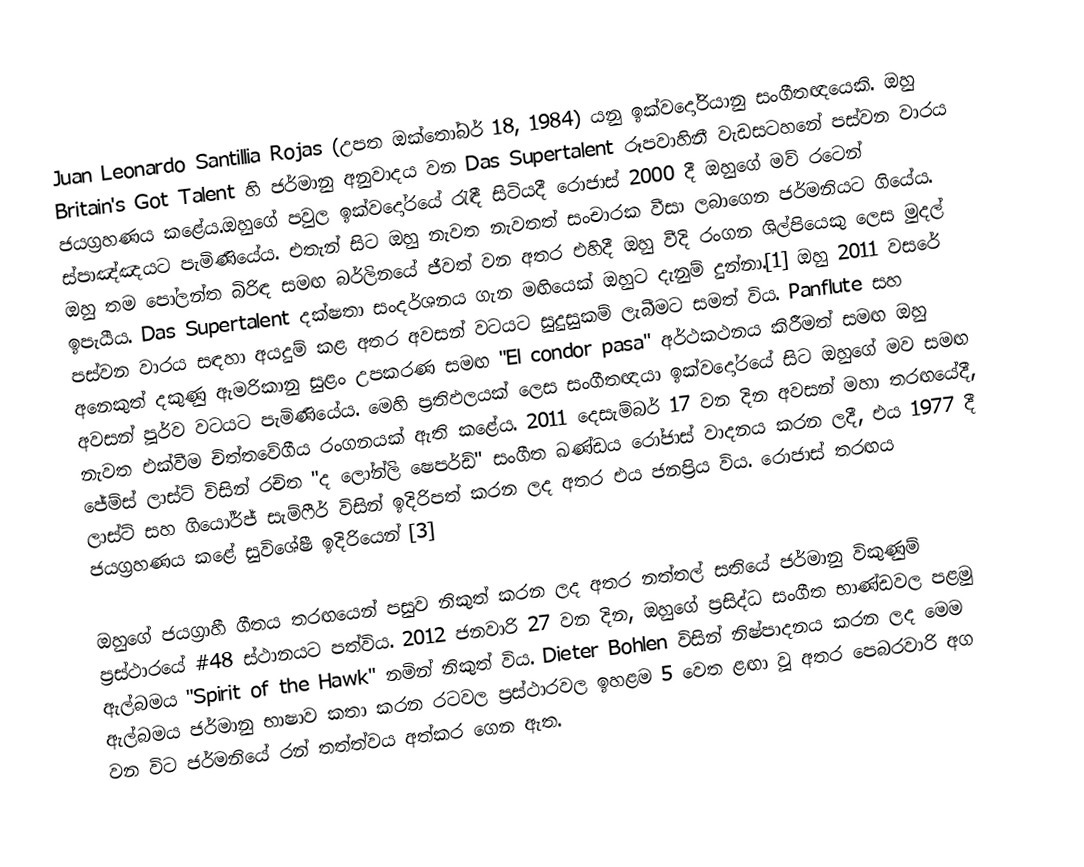
Juan Leonardo Santillia Rojas (උපත ඔක්තෝබර් 18, 1984) යනු ඉක්වදෝරියානු සංගීතඥයෙකි. ඔහු Britain's Got Talent හි ජර්මානු අනුවාදය වන Das Supertalent රූපවාහිනී වැඩසටහනේ පස්වන වාරය ජයග්‍රහණය කළේය.ඔහුගේ පවුල ඉක්වදෝරයේ රැඳී සිටියදී රොජාස් 2000 දී ඔහුගේ මව් රටෙන් ස්පාඤ්ඤයට පැමිණියේය. එතැන් සිට ඔහු නැවත නැවතත් සංචාරක වීසා ලබාගෙන ජර්මනියට ගියේය. ඔහු තම පෝලන්ත බිරිඳ සමඟ බර්ලිනයේ ජීවත් වන අතර එහිදී ඔහු වීදි රංගන ශිල්පියෙකු ලෙස මුදල් ඉපැයීය. Das Supertalent දක්ෂතා සංදර්ශනය ගැන මඟියෙක් ඔහුට දැනුම් දුන්නා.[1] ඔහු 2011 වසරේ පස්වන වාරය සඳහා අයදුම් කළ අතර අවසන් වටයට සුදුසුකම් ලැබීමට සමත් විය. Panflute සහ අනෙකුත් දකුණු ඇමරිකානු සුළං උපකරණ සමඟ "El condor pasa" අර්ථකථනය කිරීමත් සමඟ ඔහු අවසන් පූර්ව වටයට පැමිණියේය. මෙහි ප්‍රතිඵලයක් ලෙස සංගීතඥයා ඉක්වදෝරයේ සිට ඔහුගේ මව සමඟ නැවත එක්වීම චිත්තවේගීය රංගනයක් ඇති කළේය. 2011 දෙසැම්බර් 17 වන දින අවසන් මහා තරඟයේදී, ජේම්ස් ලාස්ට් විසින් රචිත "ද ලෝන්ලි ෂෙපර්ඩ්" සංගීත ඛණ්ඩය රෝජාස් වාදනය කරන ලදී, එය 1977 දී ලාස්ට් සහ ගියෝර්ජ් සැම්ෆීර් විසින් ඉදිරිපත් කරන ලද අතර එය ජනප්‍රිය විය. රොජාස් තරඟය ජයග්‍රහණය කළේ සුවිශේෂී ඉදිරියෙන් [3]

ඔහුගේ ජයග්‍රාහී ගීතය තරඟයෙන් පසුව නිකුත් කරන ලද අතර නත්තල් සතියේ ජර්මානු විකුණුම් ප්‍රස්ථාරයේ #48 ස්ථානයට පත්විය. 2012 ජනවාරි 27 වන දින, ඔහුගේ ප්‍රසිද්ධ සංගීත භාණ්ඩවල පළමු ඇල්බමය "Spirit of the Hawk" නමින් නිකුත් විය. Dieter Bohlen විසින් නිෂ්පාදනය කරන ලද මෙම ඇල්බමය ජර්මානු භාෂාව කතා කරන රටවල ප්‍රස්ථාරවල ඉහළම 5 වෙත ළඟා වූ අතර පෙබරවාරි අග වන විට ජර්මනියේ රන් තත්ත්වය අත්කර ගෙන ඇත.